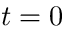
t = 0